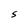
Character: S